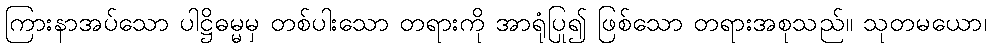
ကြားနာအပ်သော ပါဋ္ဌိဓမ္မမှ တစ်ပါးသော တရားကို အာရုံပြု၍ ဖြစ်သော တရားအစုသည်။ သုတမယော၊